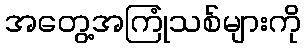
အတွေ့အကြုံသစ်များကို